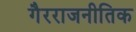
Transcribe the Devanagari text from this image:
गैरराजनीतिक